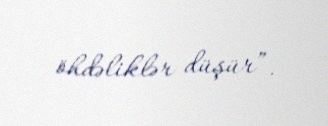
öhdəliklər düşür”.